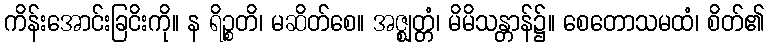
ကိန်းအောင်းခြငိးကို။ န ရိဉ္စတိ၊ မဆိတ်စေ။ အဇ္ဈတ္တံ၊ မိမိသန္တာန်၌။ စေတောသမထံ၊ စိတ်၏